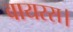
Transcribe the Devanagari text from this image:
वायरस।